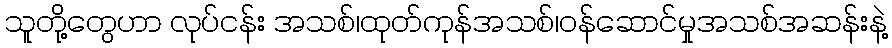
သူတို့တွေဟာ လုပ်ငန်း အသစ်၊ထုတ်ကုန်အသစ်၊ဝန်ဆောင်မှုအသစ်အဆန်းနဲ့